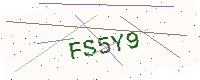
Text: FS5Y9